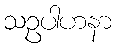
သဥပါဟနာ